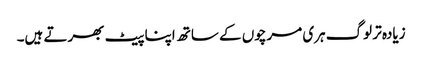
زیادہ تر لوگ ہری مرچوں کے ساتھ اپنا پیٹ بھرتے ہیں۔